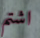
اشتم